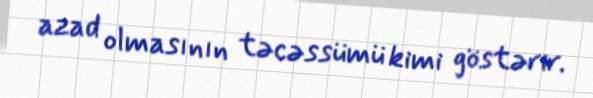
azad olmasının təcəssümü kimi göstərir.